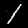
Digit: 1